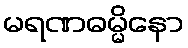
မရဏဓမ္မိနော